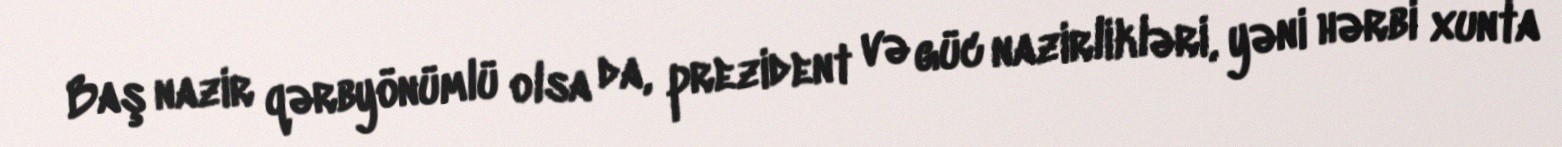
Baş nazir qərbyönümlü olsa da, prezident və güc nazirlikləri, yəni hərbi xunta